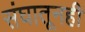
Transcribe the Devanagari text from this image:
संघातूनही